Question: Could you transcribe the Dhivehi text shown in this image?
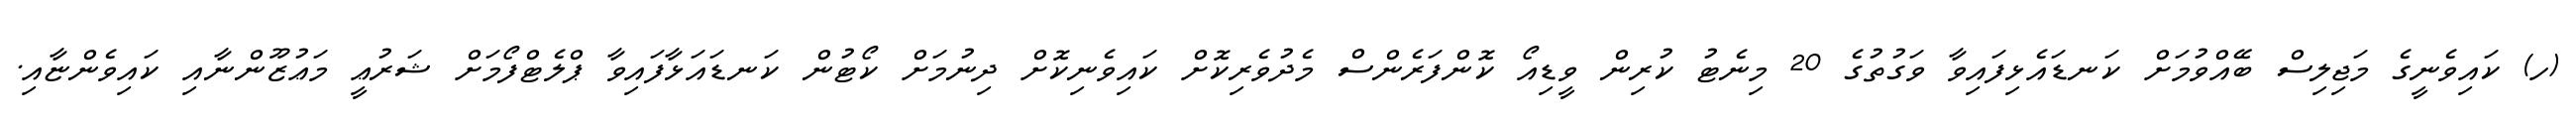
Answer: (ހ) ކައިވެނީގެ މަޖިލިސް ބޭއްވުމަށް ކަނޑައެޅިފައިވާ ވަގުތުގެ 20 މިނެޓު ކުރިން ވީޑިއޯ ކޮންފަރެންސް މެދުވެރިކޮށް ކައިވެނިކޮށް ދިނުމަށް ކޯޓުން ކަނޑައަޅާފައިވާ ޕްލެޓްފޯމަށް ޝަރުޢީ މަޢުޒޫންނާއި ކައިވެންޏާއި.